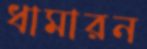
ধামারন